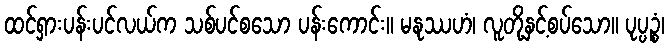
ထင်ရှားပန်းပင်လယ်က သစ်ပင်စသော ပန်းကောင်း။ မနုဿဟံ၊ လူတို့နှင့်စပ်သော။ ပုပ္ပဉ္စံ၊